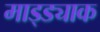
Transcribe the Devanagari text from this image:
माड्ड्याक